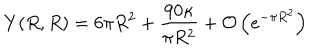
Y ( R , R ) = 6 \pi R ^ { 2 } + \frac { 9 0 \kappa } { \pi R ^ { 2 } } + { \cal O } \left( e ^ { - \pi R ^ { 2 } } \right)